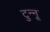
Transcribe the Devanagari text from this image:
टुन्नू